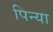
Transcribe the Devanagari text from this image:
पिन्या